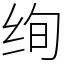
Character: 绚